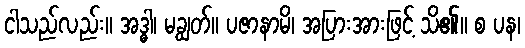
ငါသည်လည်း။ အဒ္ဓါ၊ မချွတ်။ ပဇာနာမိ၊ အပြားအားဖြင့် သိ၏။ စ ပန၊